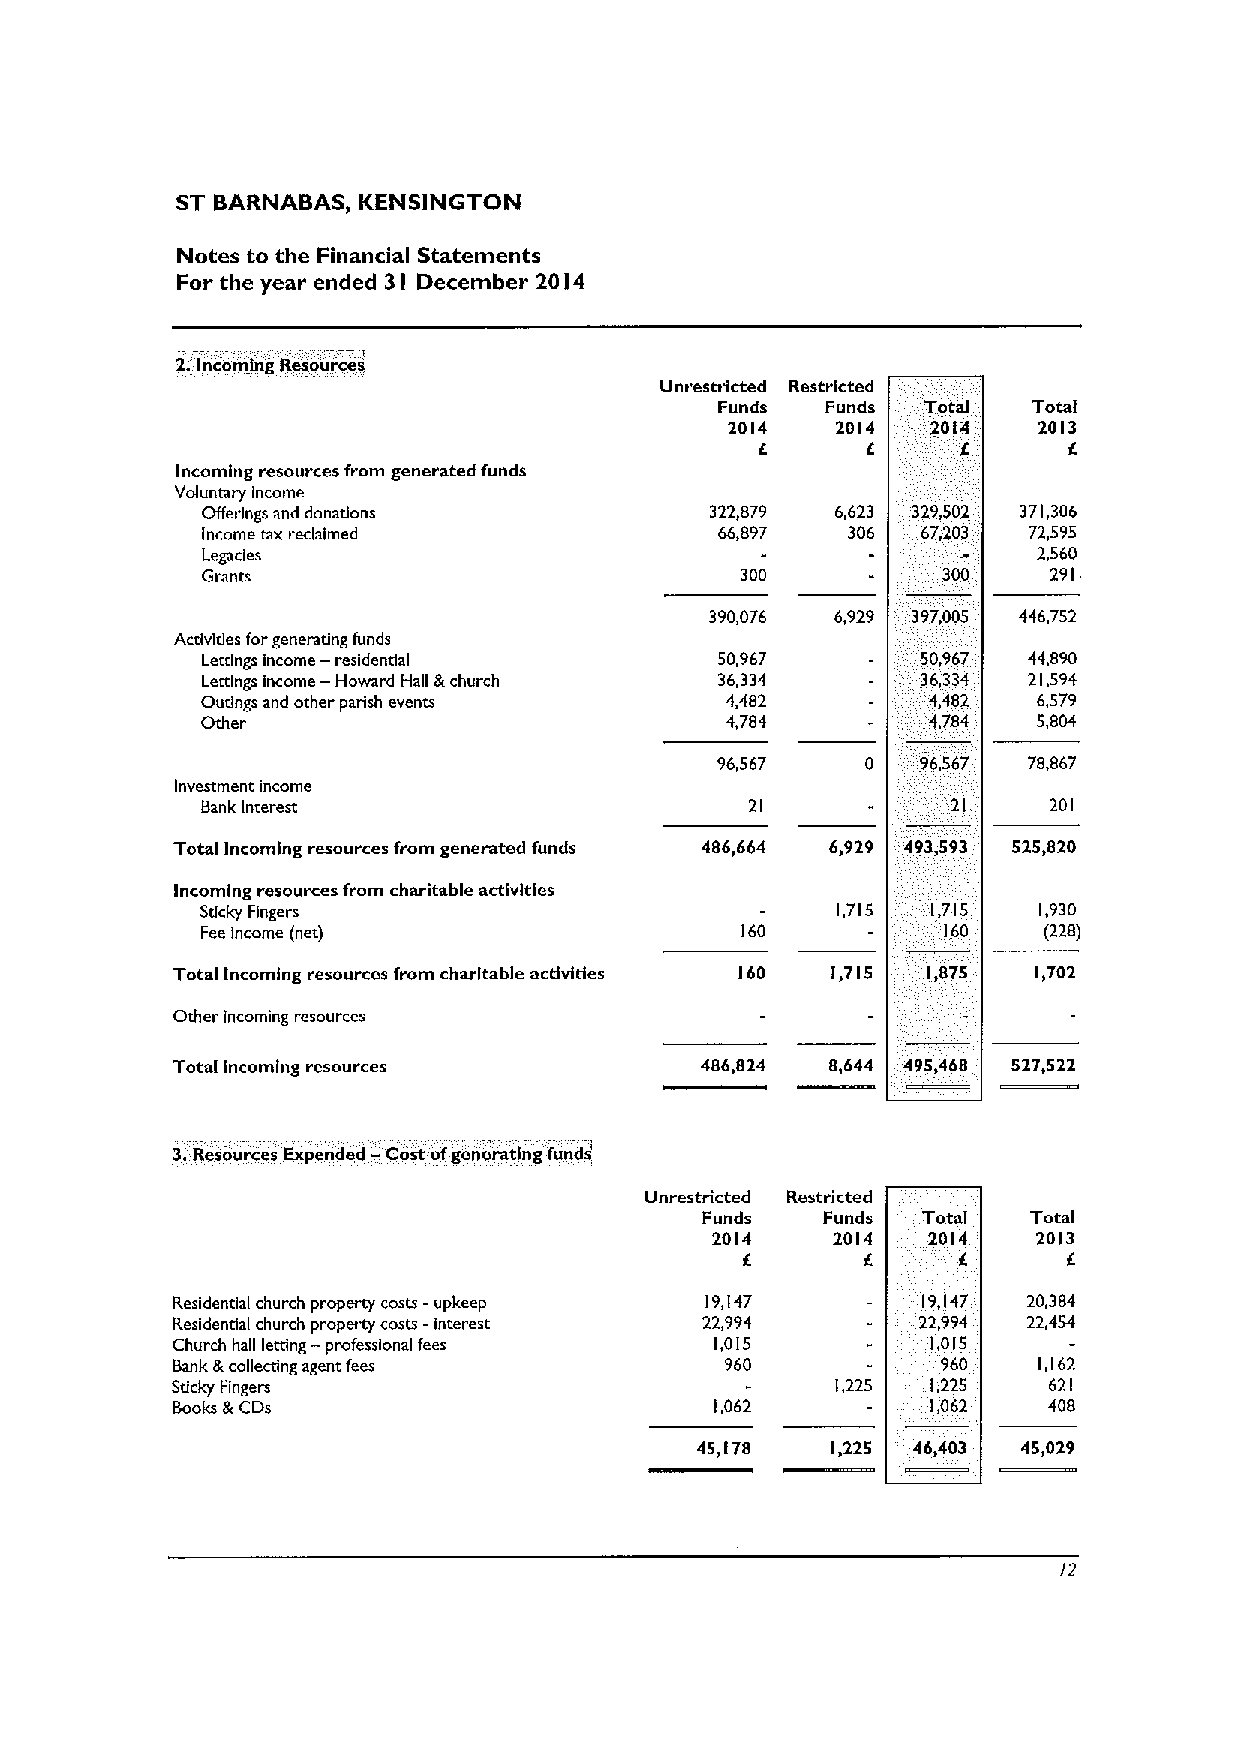
ST BARNABAS, KENSINGTON
 Notes to the Financial Statements
 For the year ended 3I December 20 I4
 2.Incoming Resources
 Unrestricted Restricted
 Funds  Funds Total  Total
 2014   2014   2014   2013
 6
 Incoming resources from generated funds
 Voluntary income
 Offering and donations            322,879 6,623 329,502 371,306
 Income tax reclaimed               66,897  306  67,203 72,595
 Legacies                                                2,560
 Granrs                              300                  291
 390,076 6,929 397,005 446,752
 Activities forgenerating funds
 Lertlngs income — residential     50,967        50,967 44,890
 Lettlngs income — Howard Hall &church 36,334    36,334 21,594
 Outings and other parish events    4,482        4,482   6,579
 Other                              4,784        4,784   5,804
 96,567    0   96,567 78,867
 Investment income
 Bank interest                        21           21    201
 Total Incoming resources from generated funds 48(,f(4 6,929 493,593 525,820
 Incoming resources from charitable activities
 Sticky Fingers                            1,715  1,715  1,930
 Fee Income (ner)                                 160    (228)
 Total Incoming resources from charitable activities 160 1,715 1,875 1,702
 Other incoming resources
 Total
 incoming
 resources                 486,824  8,644 495,468 527,522
 3.Resources Expended —Cost ofgenerating funds'
 Unrestricted Restricted
 Funds   Funds  Total  Total
 2014    2014  2014    2013
 6       f.
 Residential church property costs —upkeep 19,147  19,147 20,384
 Residential church property costs -interest 22,994 22,994 22,454
 Church hall letting — professional fees 1,015      1,015
 Bank &collecting agent fees          960           960    1,162
 Sticky Fingers                              1,225  1,225  621
 Books &CDs                          1,062          1,062  408
 45,178   1,225 46,403 45,029
 72